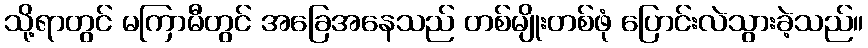
သို့ရာတွင် မကြာမီတွင် အခြေအနေသည် တစ်မျိုးတစ်ဖုံ ပြောင်းလဲသွားခဲ့သည်။